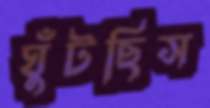
ঘুঁটছিস